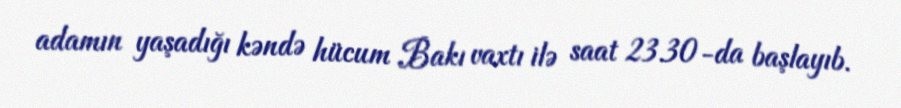
adamın yaşadığı kəndə hücum Bakı vaxtı ilə saat 23.30-da başlayıb.